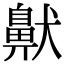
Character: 𫜤